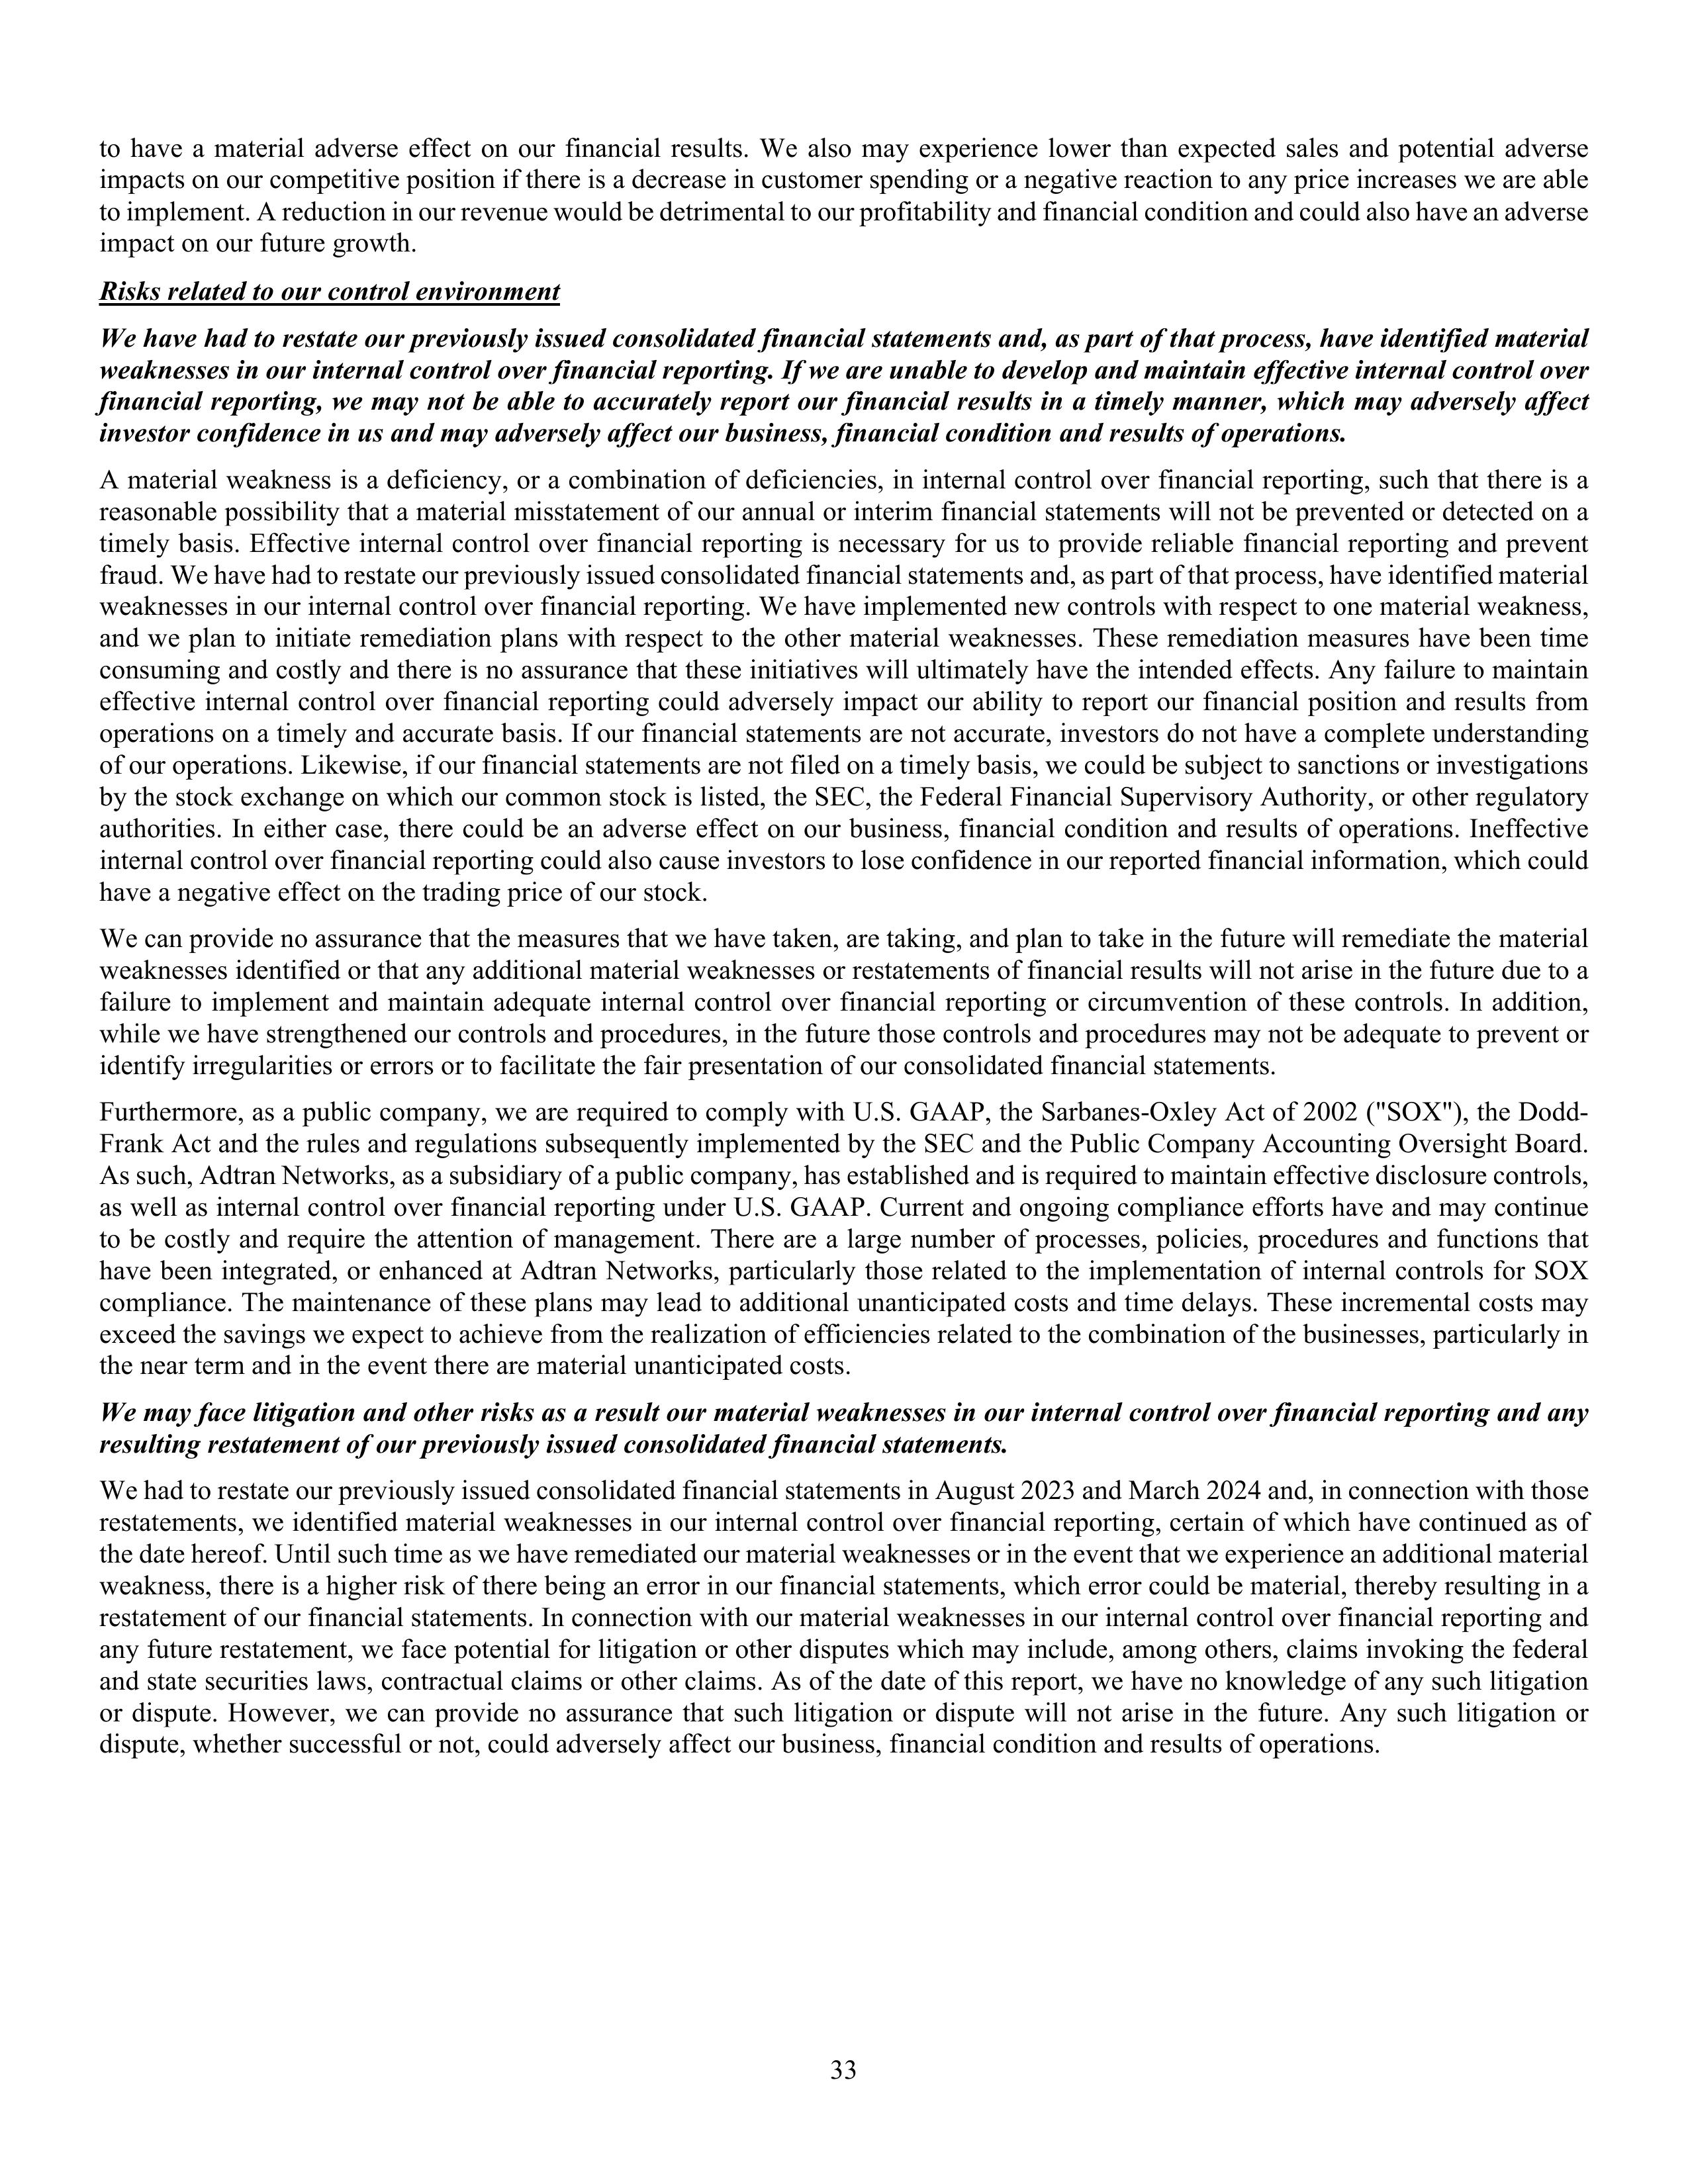
to have a material adverse effect on our financial results. We also may experience lower than expected sales and potential adverse
impacts on our competitive position if there is a decrease in customer spending or a negative reaction to any price increases we are able
to implement. A reduction in our revenue would be detrimental to our profitability and financial condition and could also have an adverse
impact on our future growth.

Risks related to our control environment

We have had to restate our previously issued consolidated financial statements and, as part of that process, have identified material
weaknesses in our internal control over financial reporting. If we are unable to develop and maintain effective internal control over
financial reporting, we may not be able to accurately report our financial results in a timely manner, which may adversely affect
investor confidence in us and may adversely affect our business, financial condition and results of operations.

A material weakness is a deficiency, or a combination of deficiencies, in internal control over financial reporting, such that there is a
reasonable possibility that a material misstatement of our annual or interim financial statements will not be prevented or detected on a
timely basis. Effective internal control over financial reporting is necessary for us to provide reliable financial reporting and prevent
fraud. We have had to restate our previously issued consolidated financial statements and, as part of that process, have identified material
weaknesses in our internal control over financial reporting. We have implemented new controls with respect to one material weakness,
and we plan to initiate remediation plans with respect to the other material weaknesses. These remediation measures have been time
consuming and costly and there is no assurance that these initiatives will ultimately have the intended effects. Any failure to maintain
effective internal control over financial reporting could adversely impact our ability to report our financial position and results from
operations on a timely and accurate basis. If our financial statements are not accurate, investors do not have a complete understanding
of our operations. Likewise, if our financial statements are not filed on a timely basis, we could be subject to sanctions or investigations
by the stock exchange on which our common stock is listed, the SEC, the Federal Financial Supervisory Authority, or other regulatory
authorities. In either case, there could be an adverse effect on our business, financial condition and results of operations. Ineffective
internal control over financial reporting could also cause investors to lose confidence in our reported financial information, which could
have a negative effect on the trading price of our stock.

We can provide no assurance that the measures that we have taken, are taking, and plan to take in the future will remediate the material
weaknesses identified or that any additional material weaknesses or restatements of financial results will not arise in the future due to a
failure to implement and maintain adequate internal control over financial reporting or circumvention of these controls. In addition,
while we have strengthened our controls and procedures, in the future these controls and procedures may not be adequate to prevent or
identify irregularities or errors or to facilitate the fair presentation of our consolidated financial statements.

Furthermore, as a public company, we are required to comply with U.S. GAAP, the Sarbanes-Oxley Act of 2002 ("SOX"), the Dodd-
Frank Act and the rules and regulations subsequently implemented by the SEC and the Public Company Accounting Oversight Board.
As such, Adtran Networks, as a subsidiary of a public company, has established and is required to maintain effective disclosure controls,
as well as internal control over financial reporting under U.S. GAAP. Current and ongoing compliance efforts have and may continue
to be costly and require the attention of management. There are a large number of processes, policies, procedures and functions that
have been integrated, or enhanced at Adtran Networks, particularly those related to the implementation of internal controls for SOX
compliance. The maintenance of these plans may lead to additional unanticipated costs and time delays. These incremental costs may
exceed the savings we expect to achieve from the realization of efficiencies related to the combination of the businesses, particularly in
the near term and in the event there are material unanticipated costs.

We may face litigation and other risks as a result of our material weaknesses in our internal control over financial reporting and any
resulting restatement of our previously issued consolidated financial statements.

We had to restate our previously issued consolidated financial statements in August 2023 and March 2024 and, in connection with those
restatements, we identified material weaknesses in our internal control over financial reporting, certain of which have continued as of
the date hereof. Until such time as we have remediated our material weaknesses or in the event that we experience an additional material
weakness, there is a higher risk of there being an error in our financial statements, which error could be material, thereby resulting in a
restatement of our financial statements. In connection with our material weaknesses in our internal control over financial reporting and
any future restatement, we face potential for litigation or other disputes which may include, among others, claims involving the federal
and state securities laws, contractual claims or other claims. As of the date of this report, we have no knowledge of any such litigation
or dispute. However, we can provide no assurance that such litigation or dispute will not arise in the future. Any such litigation or
dispute, whether successful or not, could adversely affect our business, financial condition and results of operations.

33